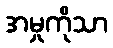
အမှုကိုသာ